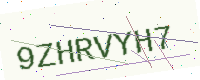
Text: 9ZHRVYH7